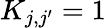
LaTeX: K_{j,j^{\prime}}=1